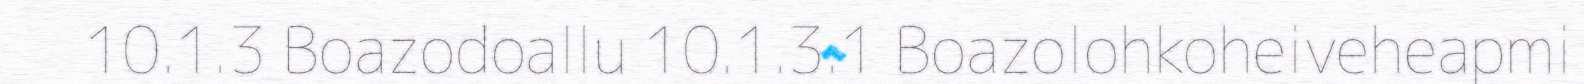
10.1.3 Boazodoallu 10.1.3.1 Boazolohkoheiveheapmi